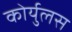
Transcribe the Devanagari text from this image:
कोर्युलस